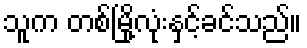
သူက တစ်မြို့လုံးနှင့်ခင်သည်။